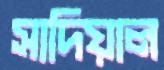
সাদিয়াল